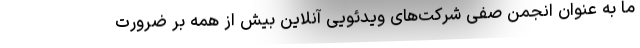
ما به عنوان انجمن صفی شرکت‌های ویدئویی آنلاین بیش از همه بر ضرورت